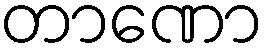
တာဏော